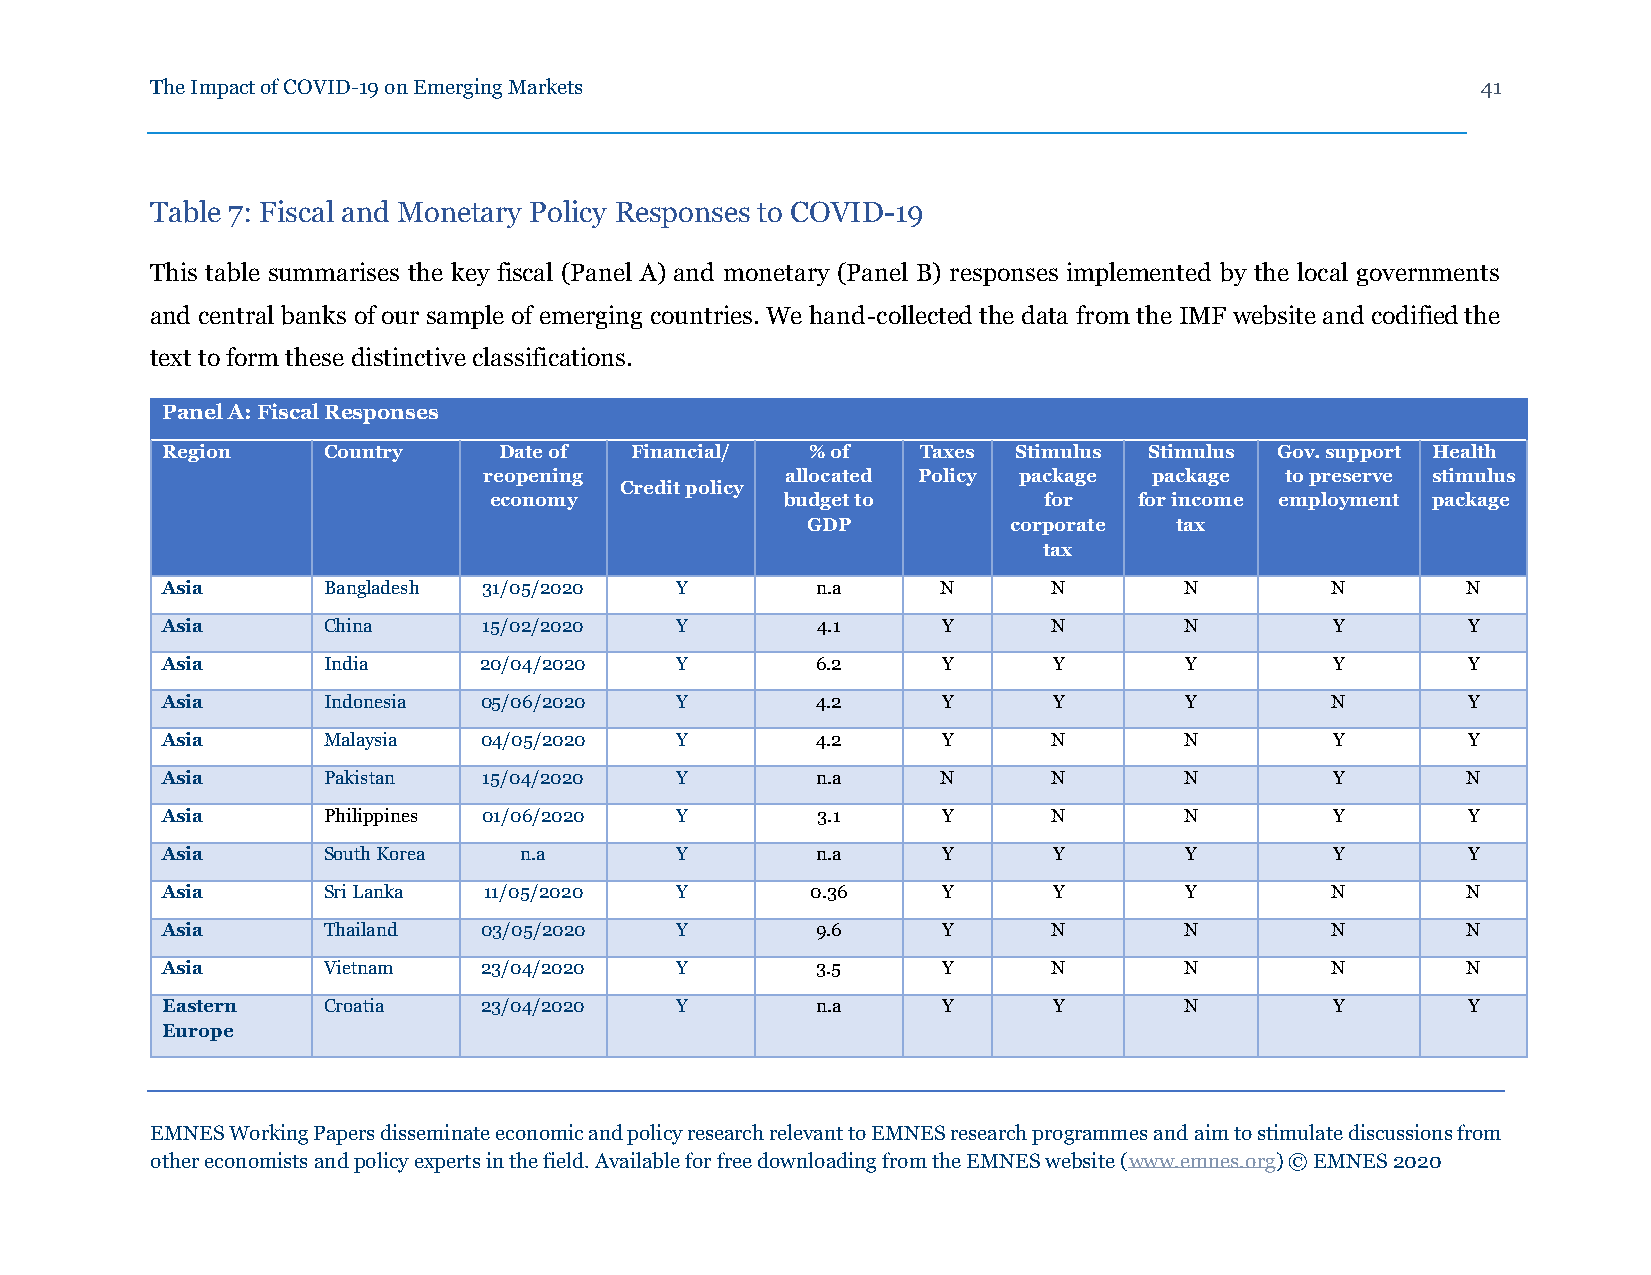
The Impact of COVID-19 on Emerging Markets                                              41
 Table 7: Fiscal and Monetary Policy Responses to COVID-19
 This table summarises the key fiscal (Panel A) and monetary (Panel B) responses implemented by the local governments
 and central banks of our sample of emerging countries. We hand-collected the data from the IMF website and codified the
 text to form these distinctive classifications.
 Panel A: Fiscal Responses
 Region    Country     Date of  Financial/  % of   Taxes Stimulus Stimulus Gov. support Health
 reopening           allocated Policy package package to preserve stimulus
 Credit policy
 economy             budget to        for   for income employment package
 GDP           corporate  tax
 tax
 Asia      Bangladesh 31/05/2020   Y        n.a     N       N       N         N        N
 Asia      China      15/02/2020   Y        4.1     Y       N       N         Y        Y
 Asia      India      20/04/2020   Y        6.2     Y       Y       Y         Y        Y
 Asia      Indonesia  05/06/2020   Y        4.2     Y       Y       Y         N        Y
 Asia      Malaysia   04/05/2020   Y        4.2     Y       N       N         Y        Y
 Asia      Pakistan   15/04/2020   Y        n.a     N       N       N         Y        N
 Asia      Philippines 01/06/2020  Y        3.1     Y       N       N         Y        Y
 Asia      South Korea  n.a        Y        n.a     Y       Y       Y         Y        Y
 Asia      Sri Lanka  11/05/2020   Y        0.36    Y       Y       Y         N        N
 Asia      Thailand   03/05/2020   Y        9.6     Y       N       N         N        N
 Asia      Vietnam    23/04/2020   Y        3.5     Y       N       N         N        N
 Eastern   Croatia    23/04/2020   Y        n.a     Y       Y       N         Y        Y
 Europe
 EMNES Working Papers disseminate economic and policy research relevant to EMNES research programmes and aim to stimulate discussions from
 other economists and policy experts in the field. Available for free downloading from the EMNES website (www.emnes.org) © EMNES 2020